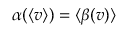
\alpha ( \langle v \rangle ) = \langle \beta ( v ) \rangle